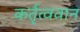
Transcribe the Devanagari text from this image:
कर्तृत्‍ववान